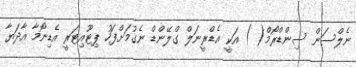
ނެލްސަން ސިންޑްރޯމް( ) އަކީ އެޑްރީނަލް ގްލޭންޑް ނެގުމަށްފަހު ޕިޓޫއިޓަރީ އެޑިނޯމާ އާދަޔާ